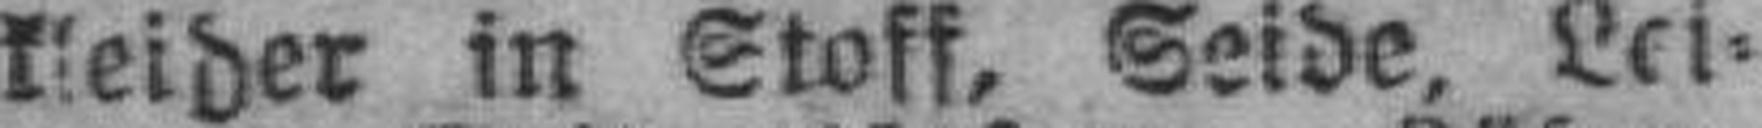
kleider in Stoff, Seide, Lei¬